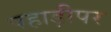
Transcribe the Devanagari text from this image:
पहाड़ीपर